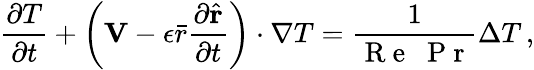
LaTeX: \frac{\partial T}{\partial t}+\left(\mathbf{V}-\epsilon\bar{r}\frac{\partial\hat{\mathbf{r}}}{\partial t}\right)\cdot\nabla T=\frac{1}{\mathrm{~R~e~}\; \mathrm{~P~r~}}\Delta T\, ,